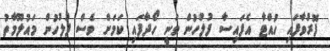
ފޮރުވާފައި ހުއްޓާ އެފައިސާ ފުލުހުން ވަނީ ހޯދާފައި ކަމަށް ވެސް ފުލުހުން މައުލޫމާތު